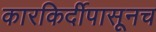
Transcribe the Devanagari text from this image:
कारकिर्दीपासूनच